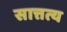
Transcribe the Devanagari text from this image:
सात्तत्य